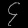
Digit: ၄